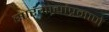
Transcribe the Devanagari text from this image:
सारंगाद्यांप्रमाणे